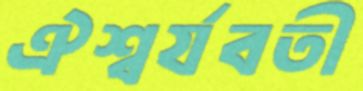
ঐশ্বর্যবতী